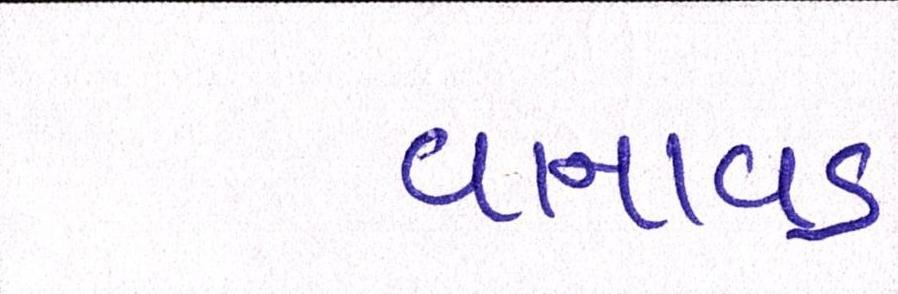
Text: વાનાવડ